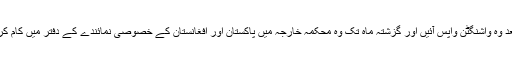
دو سال بعد وہ واشنگٹن واپس آئیں اور گزشتہ ماہ تک وہ محکمہ خارجہ میں پاکستان اور افغانستان کے خصوصی نمائندے کے دفتر میں کام کرتی رہیں۔